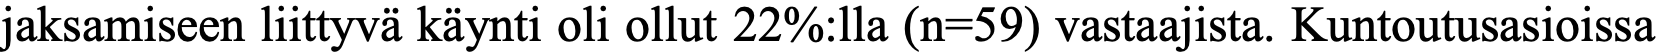
jaksamiseen liittyvä käynti oli ollut 22%:lla (n=59) vastaajista. Kuntoutusasioissa